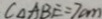
C _ { \Delta A B E } = 7 c m